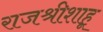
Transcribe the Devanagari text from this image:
राजश्रीशाहू